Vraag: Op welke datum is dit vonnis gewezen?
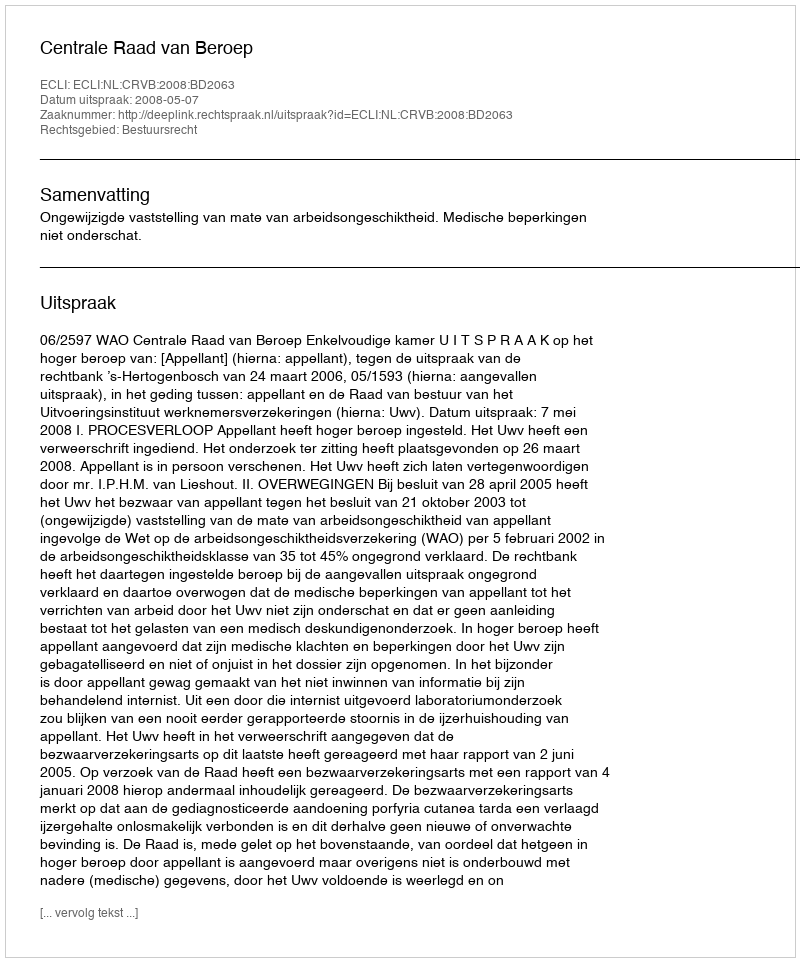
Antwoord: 2008-05-07